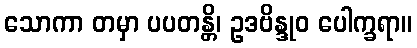
သောကာ တမှာ ပပတန္တိ၊ ဥဒဗိန္ဒုဝ ပေါက္ခရာ။